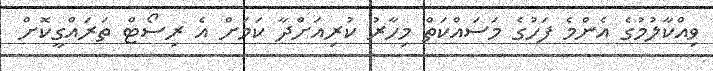
ވިއްކާލުމުގެ އެންމެ ފަހުގެ މަސައްކަތް މިހާރު ކުރިއަށްދާ ކަމަށް އެ ރިސޯޓް ތަރައްގީކޮށް